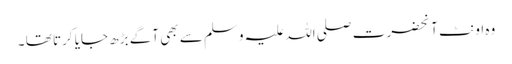
وہ اونٹ آنحضرت صلی اللہ علیہ وسلم سے بھی آگے بڑھ جایا کرتا تھا ۔